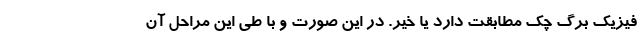
فیزیک برگ چک مطابقت دارد یا خیر. در این صورت و با طی این مراحل آن